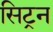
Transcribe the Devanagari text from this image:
सिट्रन